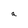
Character: a